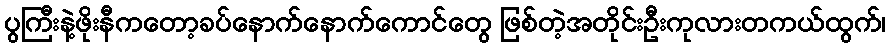
ပွကြီးနဲ့ဖိုးနီကတော့ခပ်နောက်နောက်ကောင်တွေ ဖြစ်တဲ့အတိုင်းဦးကုလားတကယ်ထွက်၊